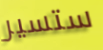
ستسير